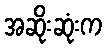
အဆိုးဆုံးက